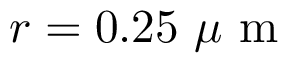
r = 0 . 2 5 ~ \mu \mathrm { ~ m ~ }